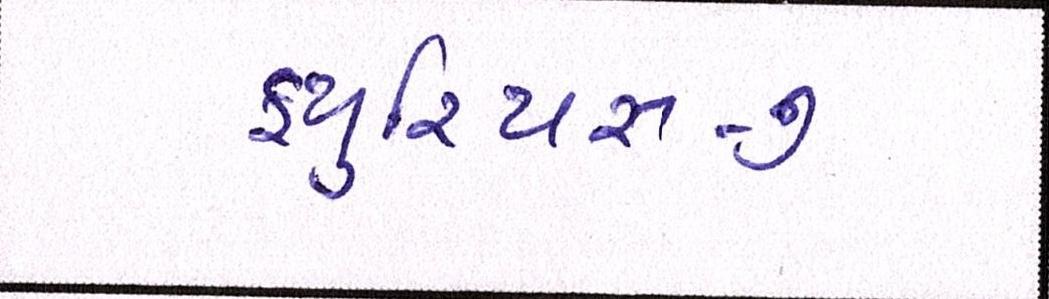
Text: ફ્યુરિયસ-૭